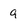
Character: 9